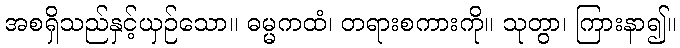
အစရှိသည်နှင့်ယှဉ်သော။ ဓမ္မကထံ၊ တရားစကားကို။ သုတွာ၊ ကြားနာ၍။